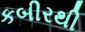
કબીરથી